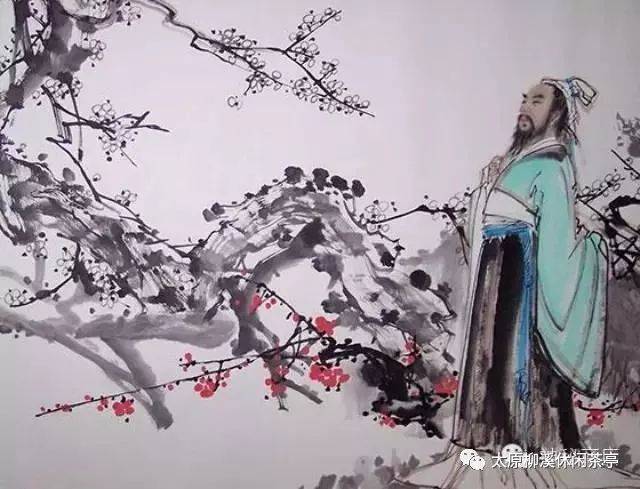
千年史册耻无名，一片丹心报天子。